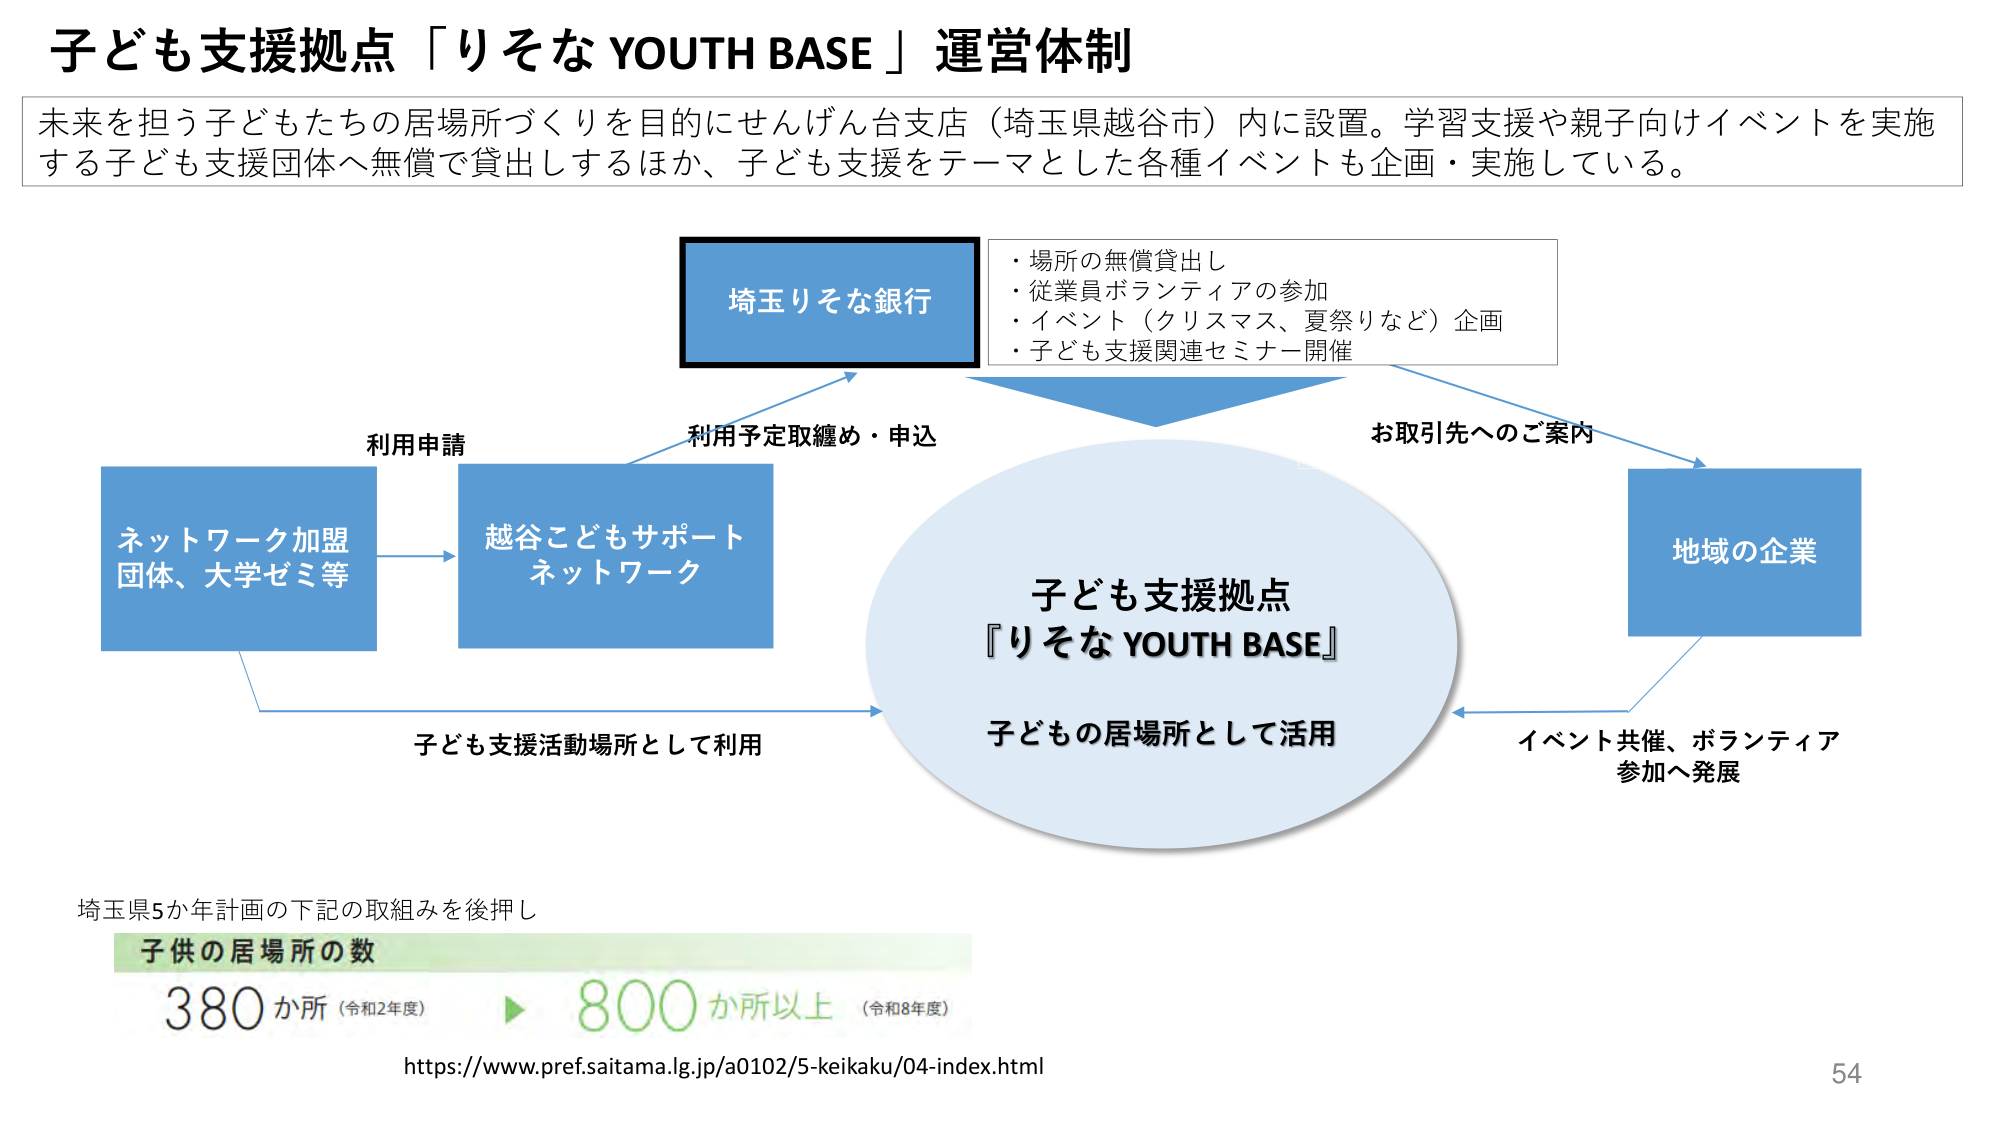
子ども支援拠点「りそな YOUTH BASE」運営体制

未来を担う子どもたちの居場所づくりを目的にせんげん台支店（埼玉県越谷市）内に設置。学習支援や親子向けイベントを実施する子ども支援団体へ無償で貸出するほか、子ども支援をテーマとした各種イベントも企画・実施している。

埼玉りそな銀行
・場所の無償貸出し
・従業員ボランティアの参加
・イベント（クリスマス、夏祭りなど）企画
・子ども支援関連セミナー開催

利用申請
ネットワーク加盟
団体、大学ゼミ等

利用予定取纏め・申込
越谷こどもサポート
ネットワーク

お取引先へのご案内
地域の企業

子ども支援拠点
『りそな YOUTH BASE』
子どもの居場所として活用

子ども支援活動場所として利用
イベント共催、ボランティア
参加へ発展

埼玉県5か年計画の下記の取組みを後押し
子供の居場所の数
380か所（令和2年度） ▶ 800か所以上（令和8年度）

https://www.pref.saitama.lg.jp/a0102/5-keikaku/04-index.html

54